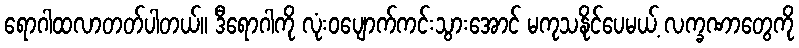
ရောဂါထလာတတ်ပါတယ်။ ဒီရောဂါကို လုံးဝပျောက်ကင်းသွားအောင် မကုသနိုင်ပေမယ့် လက္ခဏာတွေကို